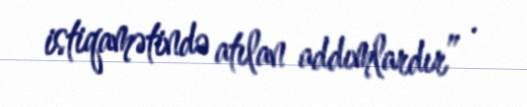
istiqamətində atılan addımlardır” .